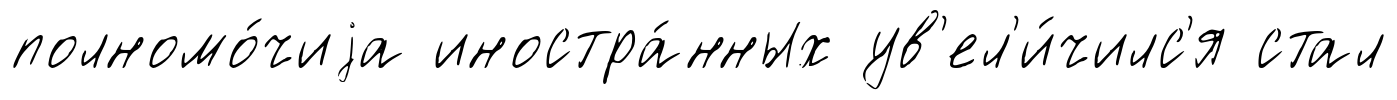
полномо́чиjа иностра́нных ув'ел'и́чилс'я стал